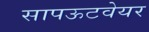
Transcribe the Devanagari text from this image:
सापऊटवेयर